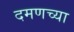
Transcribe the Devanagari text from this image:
दमणच्या